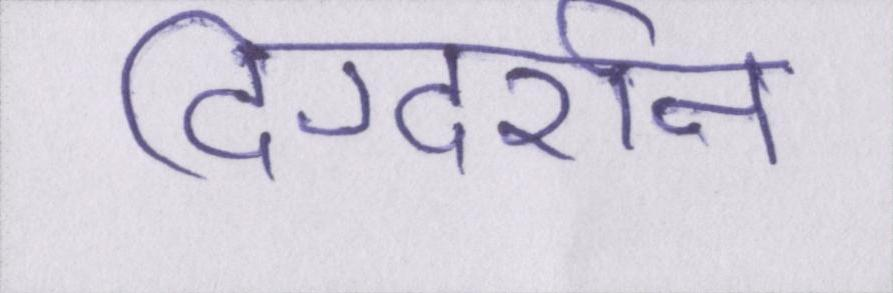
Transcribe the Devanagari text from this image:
दिग्दर्शन